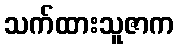
သက်ထားသူဇာက